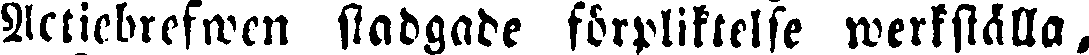
Actiebrefwen stadgade förpliktelse werkställa,